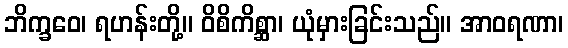
ဘိက္ခဝေ၊ ရဟန်းတို့။ ဝိစိကိစ္ဆာ၊ ယုံမှားခြင်းသည်။ အာဝရဏာ၊